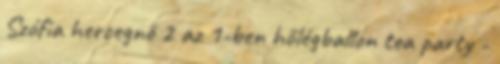
Szófia hercegnő 2 az 1-ben hőlégballon tea party -